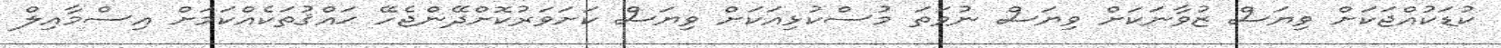
ކުޑަކުއްޖަކަށް ވިޔަސް ޒުވާނަކަށް ވިޔަސް ނުވަތަ މުސްކުޅިއަކަށް ވިޔަސް ކަށަވަރުކޮށްދޭންޖެހޭ ޙައްޤުތަކެއްކަމަށް އިސްމާއިލް